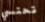
تحتسي